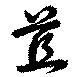
苴